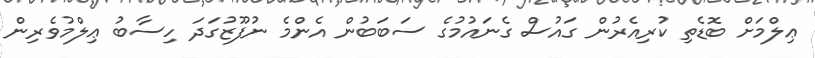
ޢިލްމަށް ބޮޑެތި ކުރިއެރުން ގައުސް ގެނައުމުގެ ސަބަބުން އެންމެ ނުފޫޒުގަދަ ހިސާބު ޢިލްމުވެރިން